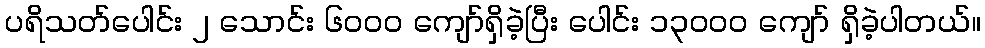
ပရိသတ်ပေါင်း ၂ သောင်း ၆၀၀၀ ကျော်ရှိခဲ့ပြီး ပေါင်း ၁၃၀၀၀ ကျော် ရှိခဲ့ပါတယ်။